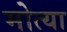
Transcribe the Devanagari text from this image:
मोत्या